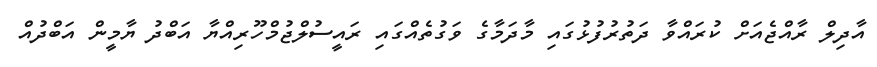
އާދިލް ރާއްޖެއަށް ކުރައްވާ ދަތުރުފުޅުގައި މާދަމާގެ ވަގުތެއްގައި ރައީސުލްޖުމްހޫރިއްޔާ އަބްދު ޔާމީން އަބްދުއް